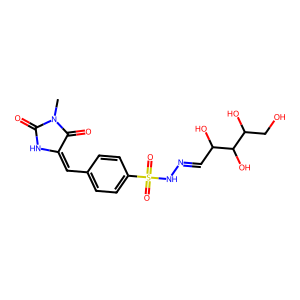
SMILES: CN1C(=O)NC(=Cc2ccc(S(=O)(=O)NN=CC(O)C(O)C(O)CO)cc2)C1=O
Inhibits HIV replication: No